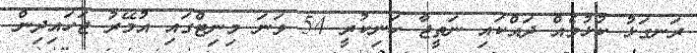
ރަނގަޅު ކުޅުމެއް ދައްކައި ނަތީޖާ ހަނިކުރީ 54 ވަނަ މިނިޓްގައި އުމޭރު ޖަހައިދިން